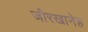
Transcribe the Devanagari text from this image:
जौरखानेह